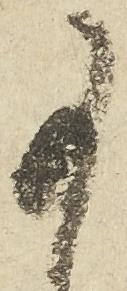
事